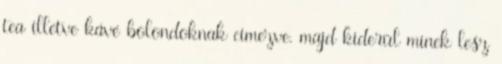
tea illetve kávé bolondoknak címezve. majd kiderül minek lesz